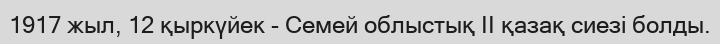
1917 жыл, 12 қыркүйек - Семей облыстық II қазақ сиезі болды.